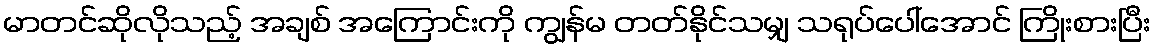
မာတင်ဆိုလိုသည့် အချစ် အကြောင်းကို ကျွန်မ တတ်နိုင်သမျှ သရုပ်ပေါ်အောင် ကြိုးစားပြီး